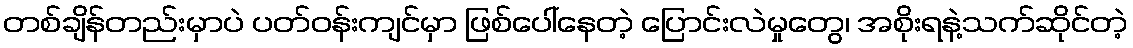
တစ်ချိန်တည်းမှာပဲ ပတ်ဝန်းကျင်မှာ ဖြစ်ပေါ်နေတဲ့ ပြောင်းလဲမှုတွေ၊ အစိုးရနဲ့သက်ဆိုင်တဲ့